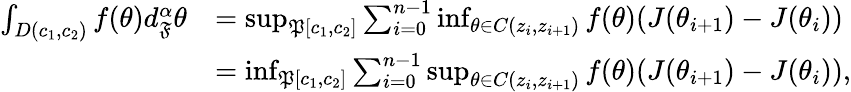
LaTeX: \begin{array}{rl}{\int_{D(c_{1},c_{2})}f(\theta)d_{\mathfrak{F}}^{\alpha}\theta}&{=\operatorname*{sup}_{\mathfrak{P}[c_{1},c_{2}]}\sum_{i=0}^{n-1}\operatorname*{inf}_{\theta\in C(z_{i},z_{i+1})}f(\theta)(J(\theta_{i+1})-J(\theta_{i}))}\\ &{=\operatorname*{inf}_{\mathfrak{P}[c_{1},c_{2}]}\sum_{i=0}^{n-1}\operatorname*{sup}_{\theta\in C(z_{i},z_{i+1})}f(\theta)(J(\theta_{i+1})-J(\theta_{i})),}\end{array}